Vaccination in Bombay 1869-1873 - 1869-1873
Year: 1869
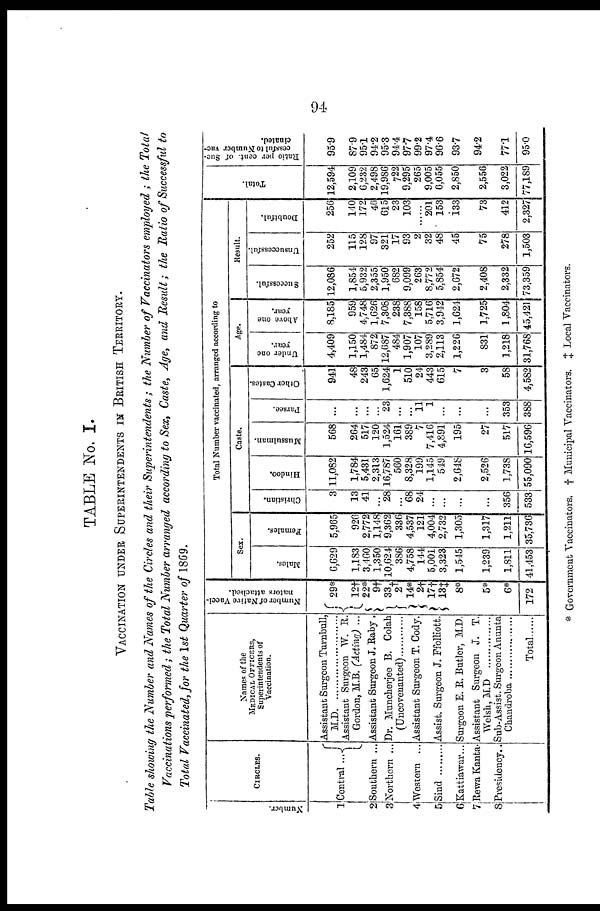
94
TABLE No. I.
VACCINATION UNDER SUPERINTENDENTS IN BRITISH TERRITORY.
Table showing the Number and Names of the Circles and their Superintendents ; the Number of Vaccinators employed ; the Total
Vaccinations performed; the Total Number arranged according to Sex, Caste, Age, and Result; the Ratio of Successful to
Total Vaccinated, for the 1st Quarter of 1869.
Number.
1
2
3
4
5
6
7
8
CIRCLES.
Central ...
Southern ...
Northern ..
Western ...
Sind .........
Kattiawar...
Rewa Kanta.
Presidency..
Names of the
MEDICAL OFFICERS,
Superintendents of
Vaccination.
Assistant Surgeon Turnbull,
M.D.
........................
Assistant Surgeon W. R.
Gordon, M.B. (Acting) ...
Assistant Surgeon J. Raby .
Dr. Muncherjee B. Colah
Assistant Surgeon T. Cody.
Assist. Surgeon J. Ffolliott.
Surgeon E. R. Butler, M.D.
Assistant Surgeon J. T.
Welsh, M.D
...............
Sub-Assist. Surgeon Anunta
Total ......
Number of Native Vacci-
nators attached.
29*
12†
22*
9†
33†
2
14*
2†
17†
13‡
8*
5*
6*
172
Total Number vaccinated, arranged according to
Sex.
Males.
6,629
1,183
3,460
1,350
10,624
386
4,758
144
5,001
3,323
1,545
1,239
1,811
41,453
Females.
5,965
926
2,772
1,148
9,362
336
4,537
121
4,004
2,732
1,305
1,317
1,211
35,736
Caste.
Christian.
3
13
41
...
28
...
68
24
...
...
...
...
356
533
Hindoo.
11,082
1,784
5,431
2,313
16,787
560
8,328
199
1,145
549
2,648
2,526
1,738
55,090
Mussulman.
568
264
517
120
1,524
161
389
7
7,416
4,891
195
27
517
16,596
Parsee.
...
...
...
...
23
...
...
11
1
...
...
...
353
388
Other Castes.
941
48
243
65
1,624
1
510
24
443
615
7
3
58
4,582
Age.
Under one
year.
4,409
1,150
1,484
872
12,687
484
1,907
107
3,289
2,113
1,226
831
1,218
31,768
Above one
year.
8,185
959
4,748
1,626
7,308
238
7,388
158
5,716
3,942
1,624
1,725
1,804
45,421
Result.
Successful.
12,086
1,854
5,932
2,355
1,950
682
9,099
263
8,772
5,854
2,672
2,408
2,332
73,359
Unsuccessful
252
115
128
97
321
17
93
2
32
48
45
75
278
1,503
Doubtful.
256
140
172
46
615
23
103
......
201
153
133
73
412
2,327
Total.
12,594
2,109
6,232
2,498
19,986
722
9,295
265
9,005
6,055
2,850
2,556
3,022
77,189
Ratio per cent. of Suc-
cessful to Number vac¬
cinated.
95.9
87.9
95.1
94.2
95.3
94.4
97.7
99.2
97.4
96.6
93.7
94.2
77.1
95.0
* Government Vaccinators. † Municipal Vaccinators. ‡ Local Vaccinators.